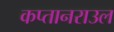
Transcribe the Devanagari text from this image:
कप्तानराउल